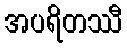
အပရိတဿီ